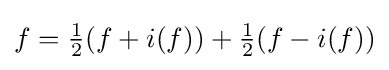
f={\tfrac {1}{2}}(f+i(f))+{\tfrac {1}{2}}(f-i(f))